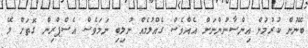
ބޭނުން ކުރުމުން އިންސާނުންނަށް އެއްވެސް ގެއްލުމެއް ނުލިބި ނަމަވެސް އެސްޕްރިން ގޮތަށް ލޭ